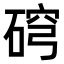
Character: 𥓰